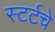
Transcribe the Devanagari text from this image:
स्टर्टचे